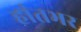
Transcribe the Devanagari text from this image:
हांतभर